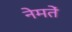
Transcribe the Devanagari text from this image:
नेमतें